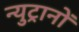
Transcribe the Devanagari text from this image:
न्युट्रानों